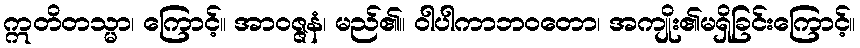
ဣတိတသ္မာ၊ ကြောင့်။ အာဝဇ္ဇနံ၊ မည်၏။ ဝါပါကာဘဝတော၊ အကျိုး၏မရှိခြင်းကြောင့်။